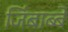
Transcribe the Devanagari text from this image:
जिंबाब्बे